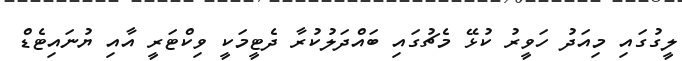
ލީގުގައި މިއަދު ހަވީރު ކުޅޭ މެޗުގައި ބައްދަލުކުރާ ދެޓީމަކީ ވިކްޓަރީ އާއި ޔުނައިޓެޑް